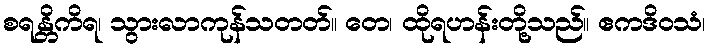
စရန္တိကိရ၊ သွားလာကုန်သတတ်။ တေ၊ ထိုရဟန်းတို့သည်။ ဧကဒိဝသံ၊